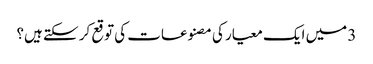
3 میں ایک معیار کی مصنوعات کی توقع کر سکتے ہیں؟